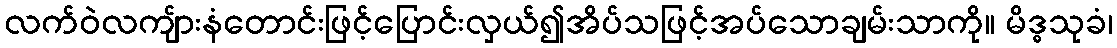
လက်ဝဲလကျ်ားနံတောင်းဖြင့်ပြောင်းလှယ်၍အိပ်သဖြင့်အပ်သောချမ်းသာကို။ မိဒ္ဓသုခံ၊